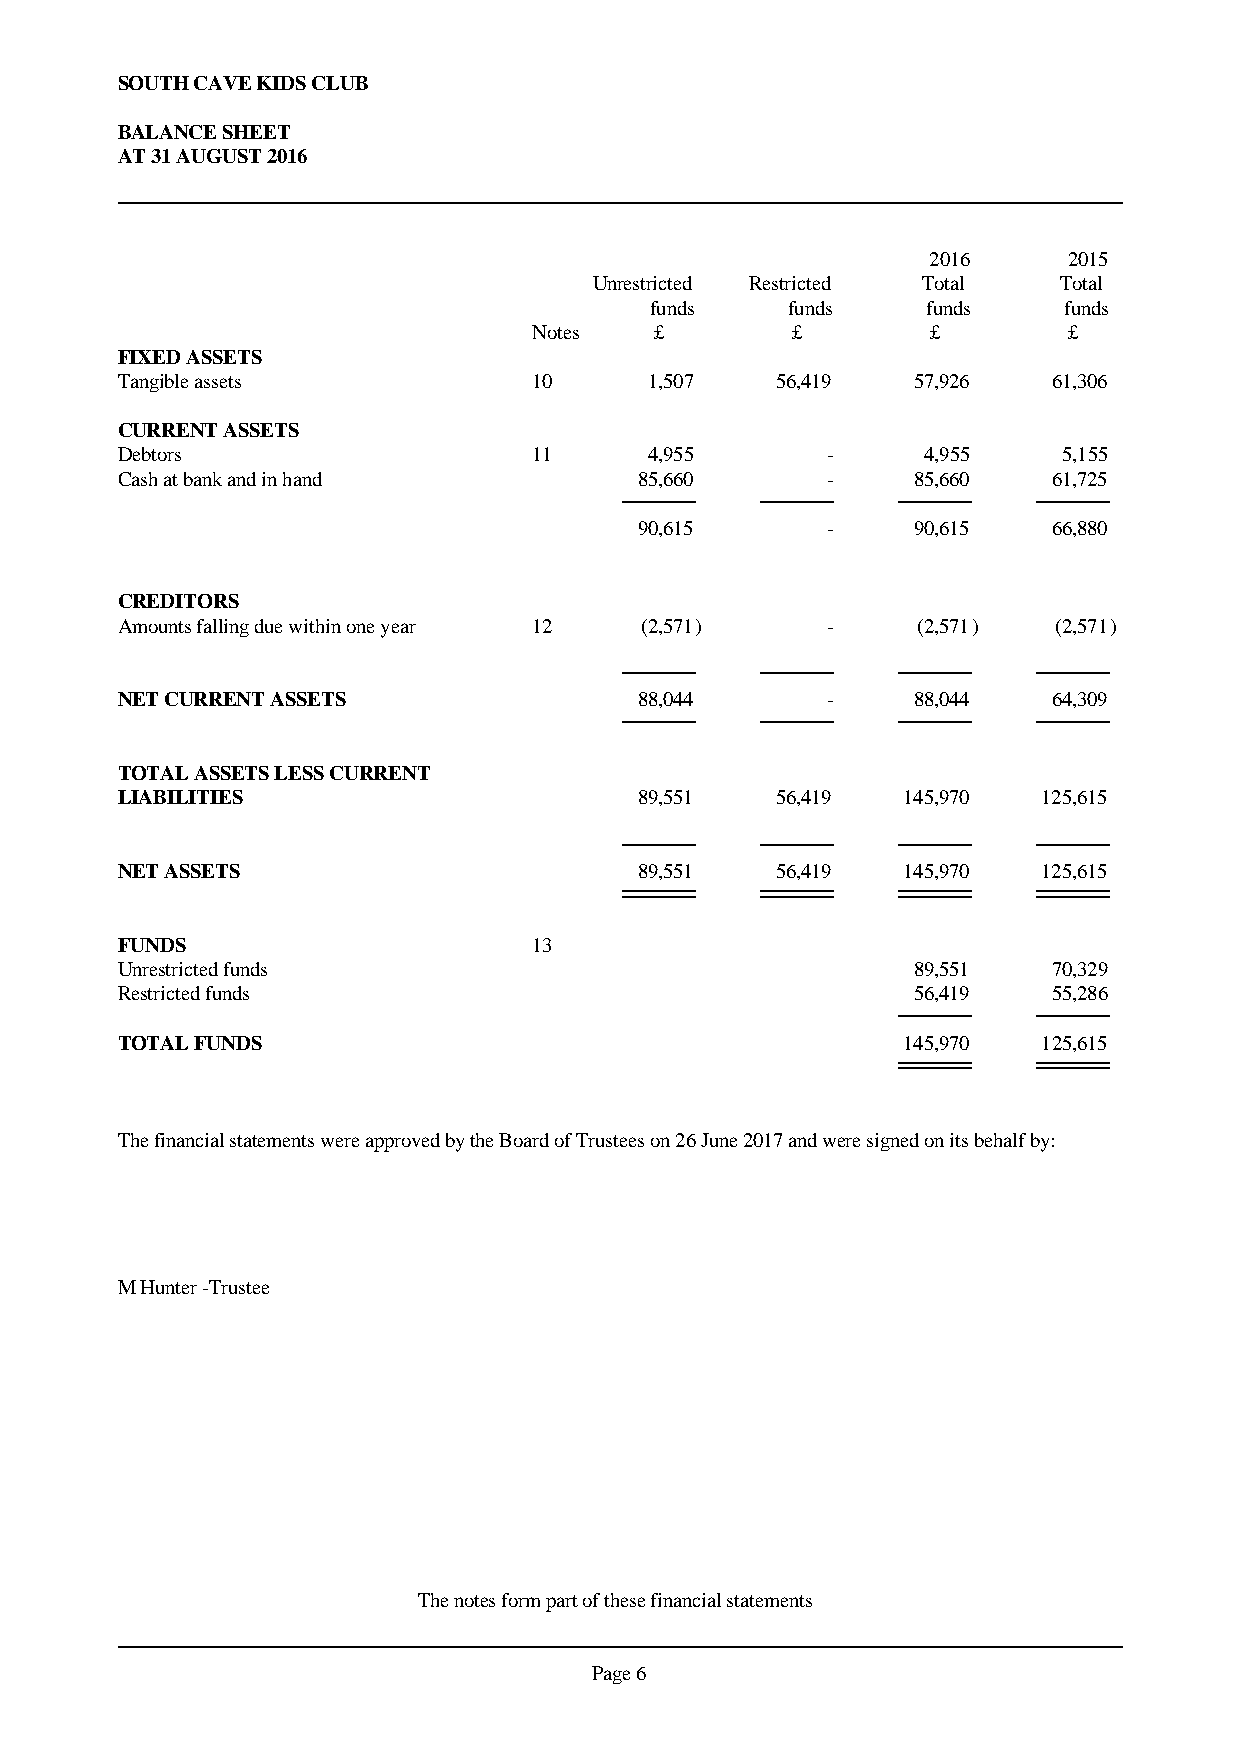
SOUTH CAVE KIDS CLUB
 BALANCE SHEET
 AT 31 AUGUST 2016
 2016     2015
 Unrestricted Restricted Total  Total
 funds    funds    funds    funds
 Notes   £        £         £        £
 FIXED ASSETS
 Tangible assets            10      1,507   56,419   57,926    61,306
 CURRENT ASSETS
 Debtors                    11      4,955       -     4,955    5,155
 Cash at bank and in hand          85,660       -    85,660    61,725
 90,615       -    90,615    66,880
 CREDITORS
 Amounts falling due within one year 12 (2,571) -     (2,571)  (2,571)
 NET CURRENT ASSETS                88,044       -    88,044    64,309
 TOTAL ASSETS LESS CURRENT
 LIABILITIES                       89,551   56,419   145,970  125,615
 NET ASSETS                        89,551   56,419   145,970  125,615
 FUNDS                      13
 Unrestricted funds                                  89,551    70,329
 Restricted funds                                    56,419    55,286
 TOTAL FUNDS                                         145,970  125,615
 The financial statements were approved by the Board of Trustees on 26 June 2017 and were signed on its behalf by:
 M Hunter -Trustee
 The notes form part of these financial statements
 Page 6